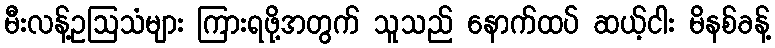
မီးလန့်ဥဩသံများ ကြားရဖို့အတွက် သူသည် နောက်ထပ် ဆယ့်ငါး မိနစ်ခန့်